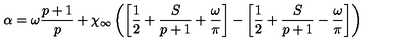
\alpha = \omega \displaystyle \frac { p + 1 } { p } + \chi _ { \infty } \left( \left[ \displaystyle \frac { 1 } { 2 } + \displaystyle \frac { S } { p + 1 } + \displaystyle \frac { \omega } { \pi } \right] - \left[ \displaystyle \frac { 1 } { 2 } + \displaystyle \frac { S } { p + 1 } - \displaystyle \frac { \omega } { \pi } \right] \right)